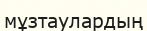
мұзтаулардың